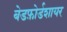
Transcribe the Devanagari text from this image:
बेडफ़ोर्डशायर